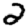
Digit: 2